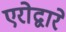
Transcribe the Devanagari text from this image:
एरोद्वारे